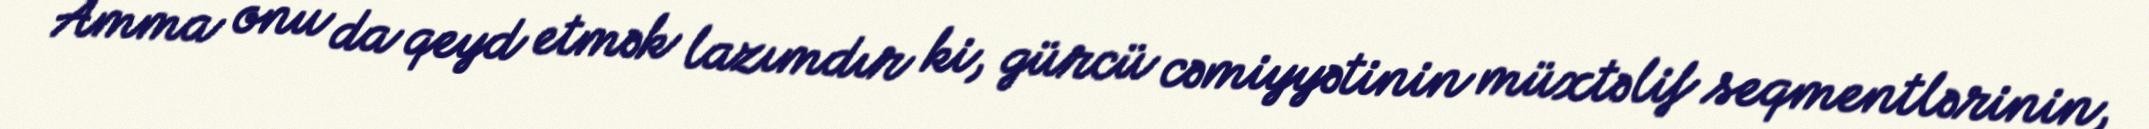
Amma onu da qeyd etmək lazımdır ki, gürcü cəmiyyətinin müxtəlif seqmentlərinin,